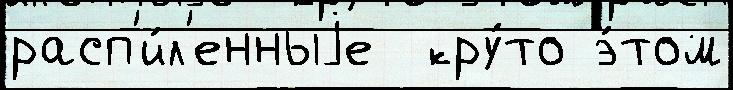
расп'и́л'енныjе  кру́то э́том